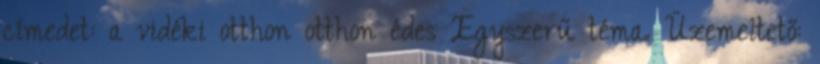
címedet: a vidéki otthon otthon édes Egyszerű téma. Üzemeltető: